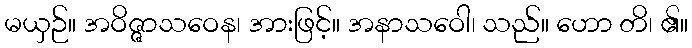
မယှဉ်။ အဝိဇ္ဇာသဝေန၊ အားဖြင့်။ အနာသဝေါ၊ သည်။ ဟော တိ၊ ၏။